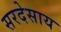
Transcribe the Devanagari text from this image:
सरदेसाय